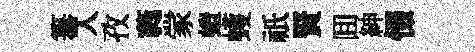
纂入孜蕤䝉螘蠖祇賢囬紳惙